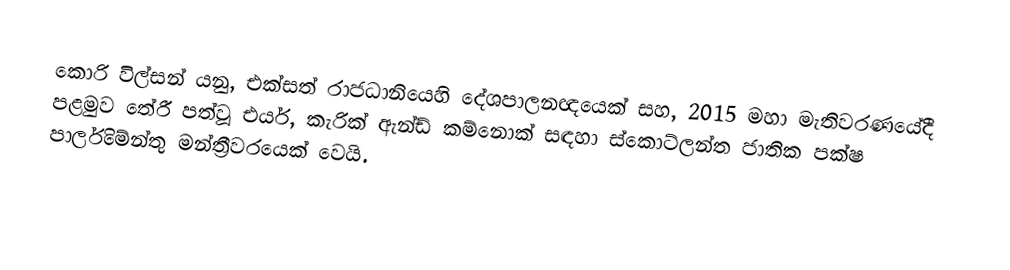
කොරි විල්සන් යනු,  එක්සත් රාජධානියෙහි දේශපාලනඥයෙක් සහ, 2015 මහා මැතිවරණයේදී පළමුව තේරී පත්වූ  එයර්, කැරික් ඇන්ඩ් කම්නොක් සඳහා ස්කොට්ලන්ත ජාතික පක්ෂ පාර්ලිමේන්තු මන්ත්‍රීවරයෙක්   වෙයි.